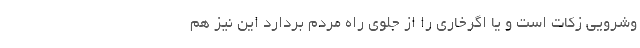
وشرویی زکات است و یا اگرخاری را از جلوی راه مردم بردارد این نیز هم